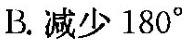
B.减少180°